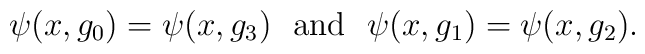
\psi(x,g_0)=\psi(x,g_3){\rm\ \ and\ \ }\psi(x,g_1)=\psi(x,g_2).